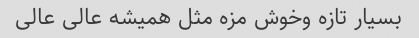
بسیار تازه وخوش مزه مثل همیشه عالی عالی